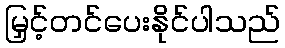
မြှင့်တင်ပေးနိုင်ပါသည်